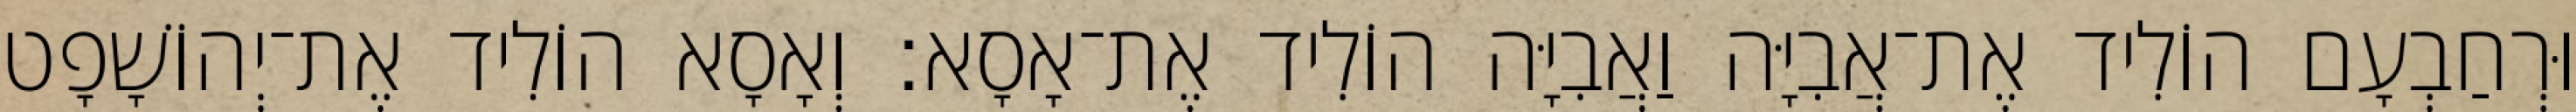
וּרְחַבְעָם הוֹלִיד אֶת־אֲבִיָּה וַאֲבִיָּה הוֹלִיד אֶת־אָסָא׃ וְאָסָא הוֹלִיד אֶת־יְהוֹשָׁפָט